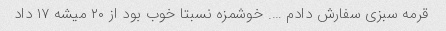
قرمه سبزی سفارش دادم …. خوشمزه نسبتا خوب بود از ۲۰ میشه ۱۷ داد